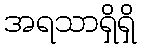
အရသာရှိရှိ